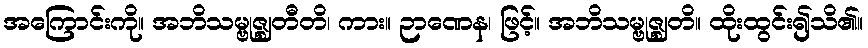
အကြောင်းကို။ အဘိသမ္ဗုဇ္ဈတီတိ၊ ကား။ ဉာဏေန၊ ဖြင့်။ အဘိသမ္ဗုဇ္ဈတိ။ ထိုးထွင်း၍သိ၏။